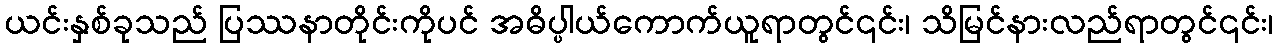
ယင်းနှစ်ခုသည် ပြဿနာတိုင်းကိုပင် အဓိပ္ပါယ်ကောက်ယူရာတွင်၎င်း၊ သိမြင်နားလည်ရာတွင်၎င်း၊